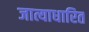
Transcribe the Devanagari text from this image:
जात्याधारित